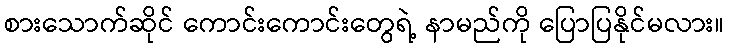
စားသောက်ဆိုင် ကောင်းကောင်းတွေရဲ့ နာမည်ကို ပြောပြနိုင်မလား။